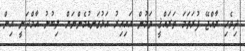
ދިވެހި ރާއްޖޭ ފުރަތަމަ ތަރައްޤީ ވަމުން އައިއިރު އަޅުގަނޑުމެންނަށް ލިބުނު އާމްދަނީ އިން